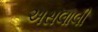
અસલાલી